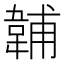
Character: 䪔